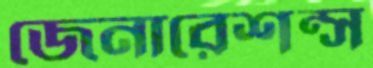
জেনারেশন্স